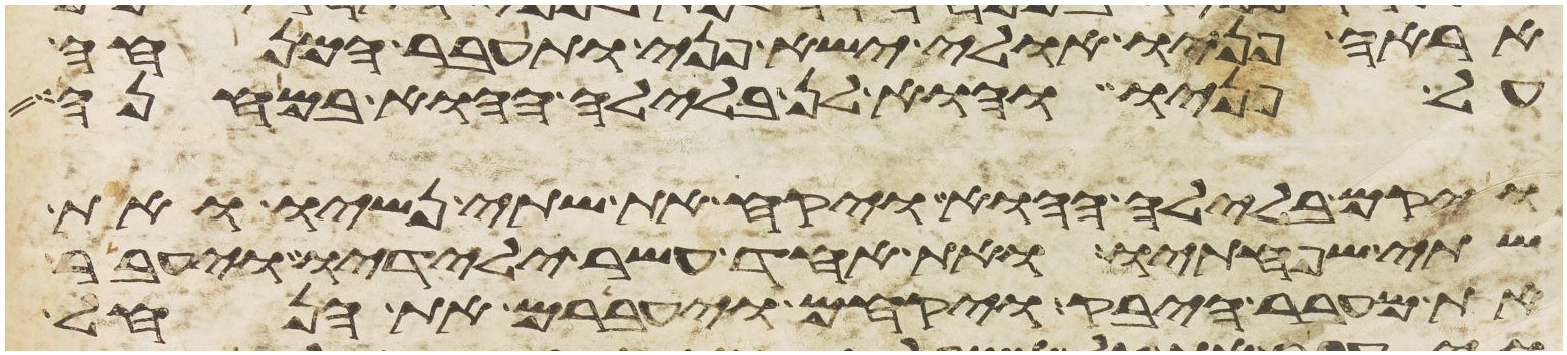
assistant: אראה פניו אולי ישא פני ותעבר המנחה
על פניו והוא לן בלילה ההוא במחנה
ויקם בלילה ההוא ויקח את שתי נשיו ואת
שתי שפחתיו ואת אחד עשר ילידיו ויעבר
את מעבר היבק ויקחם ויעברם את הנחל